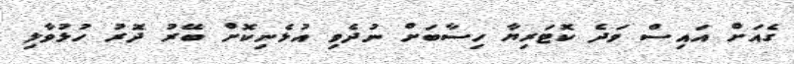
ގެއަށް އައިސް ވަދެ ކޮޓަރިޔާ ހިސާބަށް ނުދެވި އުޅެނިކޮށް ބޭރު ދޮރު ހުޅުވާލި